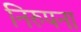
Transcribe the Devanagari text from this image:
निरुपना